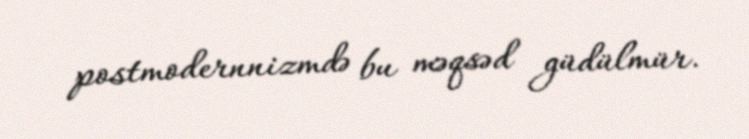
postmodernnizmdə bu məqsəd güdülmür.